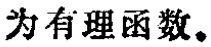
为有理函数。